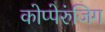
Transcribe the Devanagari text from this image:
कोप्पेरुंजिग